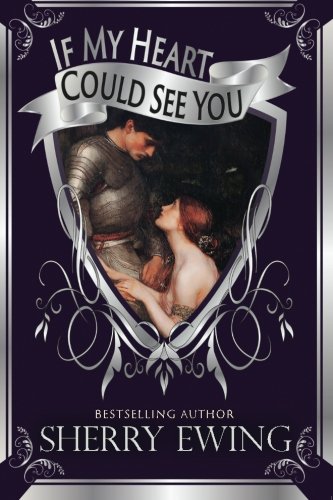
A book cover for If My Heart Could See You; Sherry Ewing; Romance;